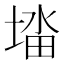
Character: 𭏉